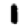
Digit: 1